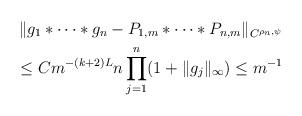
LaTeX: \begin{align*} \|g_1*\cdots*g_n-P_{1,m}*\cdots*P_{n,m}\|_{C^{\rho_n,\psi}}\\\le C m^{-(k+2)L} n \prod_{j=1}^n (1+\|g_j\|_\infty)\le m^{-1}\end{align*}